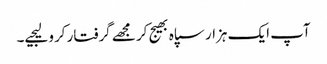
آپ ایک ہزار سپاہ بھیج کر مجھے گرفتار کرو لیجیے۔